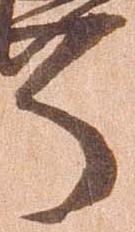
了